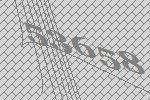
53658